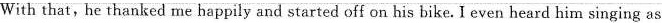
With that,he thanked me happily and started off on his bike. I even heard him singing as